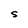
Character: S